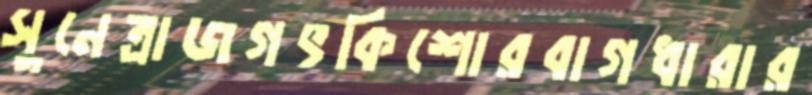
সুনেত্রাজগৎকিশোরবাগধারার